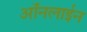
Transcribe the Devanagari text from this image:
ऑंनलाईन